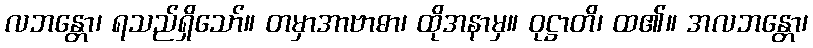
လဘန္တော၊ ရသည်ရှိသော်။ တမှာအာဗာဓာ၊ ထိုအနာမှ။ ဝုဋ္ဌာတိ၊ ထ၏။ အလဘန္တော၊